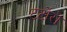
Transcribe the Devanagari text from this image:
टर्टोरो